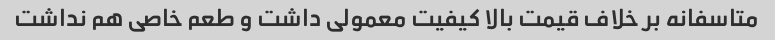
متاسفانه بر خلاف قیمت بالا کیفیت معمولی داشت و طعم خاصی هم نداشت